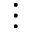
\vdots